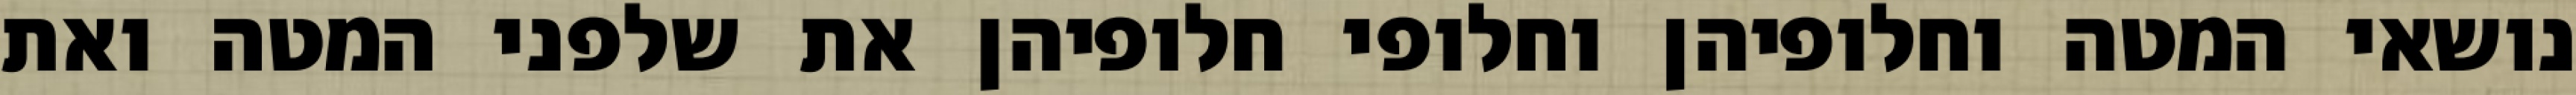
נושאי המטה וחלופיהן וחלופי חלופיהן את שלפני המטה ואת